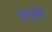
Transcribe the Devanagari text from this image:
अवारिया